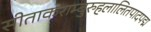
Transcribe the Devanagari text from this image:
सीताकराम्बुरुहलालितपादपद्म